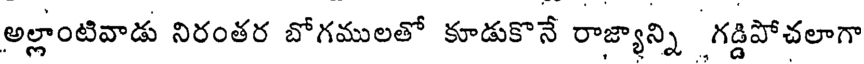
అల్లాంటివాడు నిరంతర బోగములతో కూడుకొనే రాజ్యాన్ని గడ్డిపోచలాగా